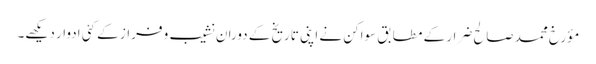
مؤرخ محمد صالح ضرار کے مطابق سواکن نے اپنی تاریخ کے دوران نشیب و فراز کے کئی ادوار دیکھے۔